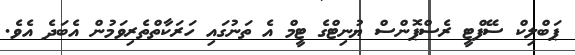
ޕަބްލިކް ސޭފްޓީ ރެސްޕޮންސް ޔުނިޓްގެ ޓީމް އެ ތަނުގައި ހަރަކާތްތެރިވަމުން އެބަދެ އެވެ.